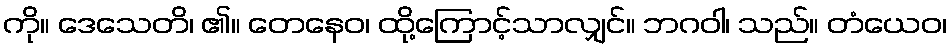
ကို။ ဒေသေတိ၊ ၏။ တေနေဝ၊ ထို့ကြောင့်သာလျှင်။ ဘဂဝါ၊ သည်။ တံယေဝ၊